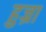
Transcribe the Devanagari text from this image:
हुज्रा